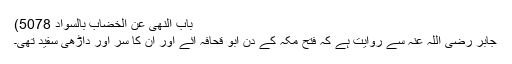
باب النھی عن الخضاب بالسواد 5078)
جابر رضی اللہ عنہ سے روایت ہے کہ فتح مکہ کے دن ابو قحافہ آئے اور ان کا سر اور داڑھی سفید تھی۔